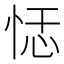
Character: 𰑞